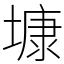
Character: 𡐓